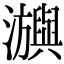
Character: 𤄕